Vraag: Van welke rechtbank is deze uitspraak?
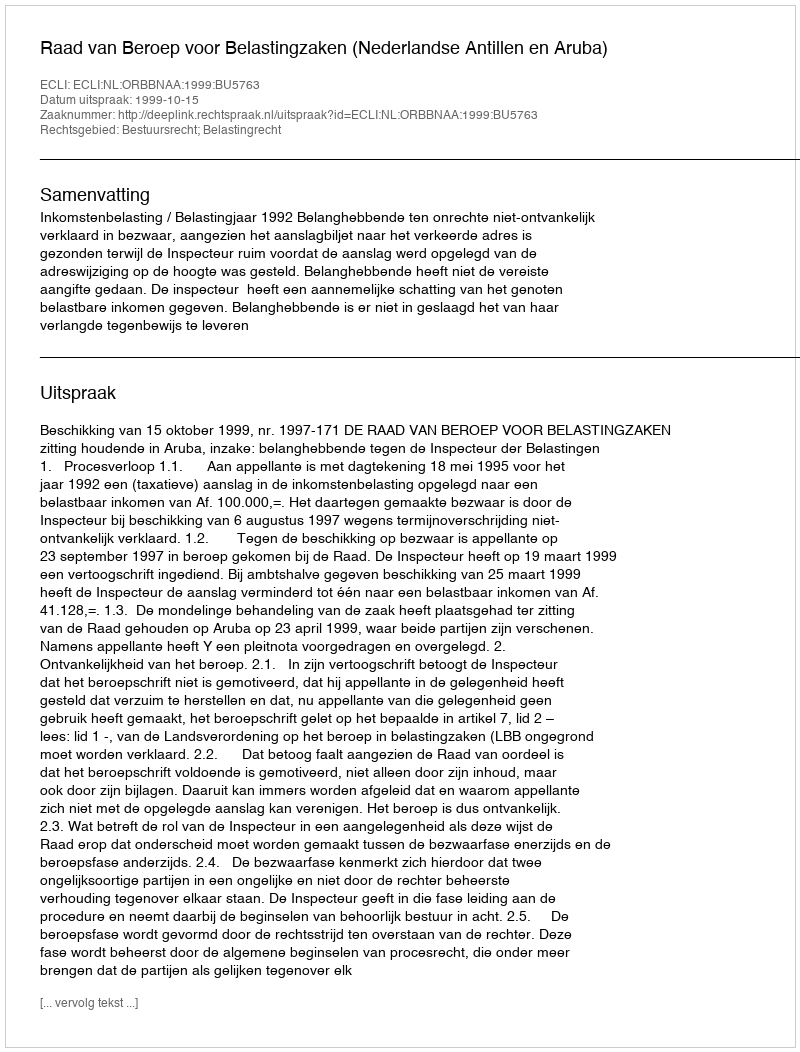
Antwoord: Raad van Beroep voor Belastingzaken (Nederlandse Antillen en Aruba)